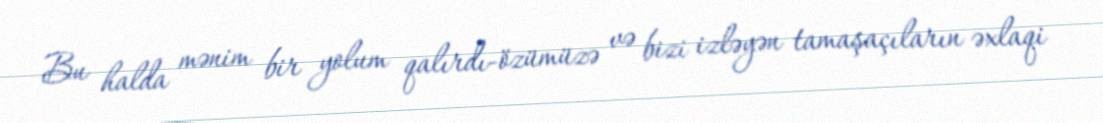
Bu halda mənim bir yolum qalırdı-özümüzə və bizi izləyən tamaşaçıların əxlaqi